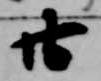
廿